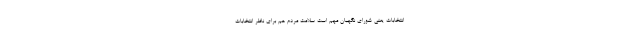
انتخابات یعنی شورای نگهبان مهم است سلامت مردم هم برای ناظر انتخابات